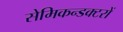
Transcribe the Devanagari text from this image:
सेमिकन्डक्टरों